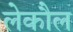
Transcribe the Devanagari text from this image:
लेकौल